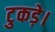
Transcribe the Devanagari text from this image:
टुकड़े।